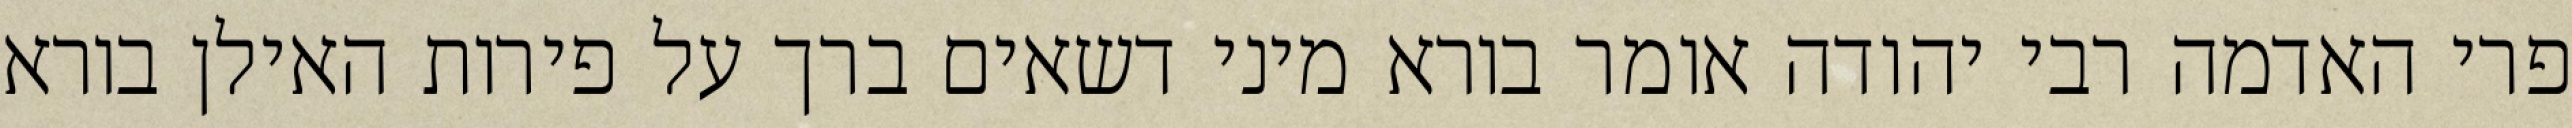
פרי האדמה רבי יהודה אומר בורא מיני דשאים ברך על פירות האילן בורא